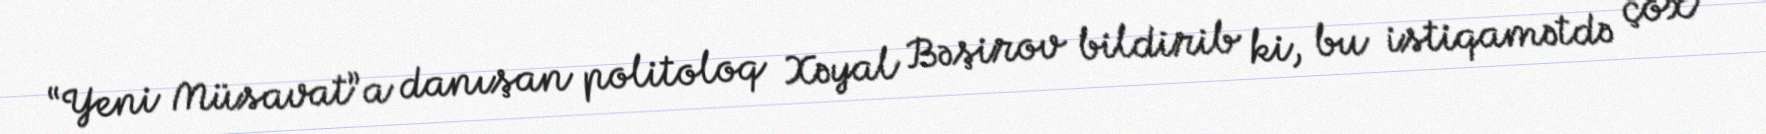
“Yeni Müsavat”a danışan politoloq Xəyal Bəşirov bildirib ki, bu istiqamətdə çox